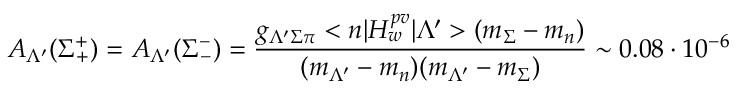
A _ { \Lambda ^ { \prime } } ( \Sigma _ { + } ^ { + } ) = A _ { \Lambda ^ { \prime } } ( \Sigma _ { - } ^ { - } ) = \frac { g _ { \Lambda ^ { \prime } \Sigma \pi } < n | H _ { w } ^ { p v } | \Lambda ^ { \prime } > ( m _ { \Sigma } - m _ { n } ) } { ( m _ { \Lambda ^ { \prime } } - m _ { n } ) ( m _ { \Lambda ^ { \prime } } - m _ { \Sigma } ) } \sim 0 . 0 8 \cdot 1 0 ^ { - 6 }